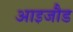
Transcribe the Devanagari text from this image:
आइजौड